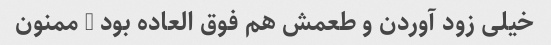
خیلی زود آوردن و طعمش هم فوق العاده بود … ممنون